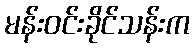
မန်းဝင်းခိုင်သန်းက